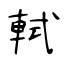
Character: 軾